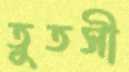
তুতসী